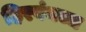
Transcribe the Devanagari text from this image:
हिरवंगच्च